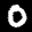
Label: 0